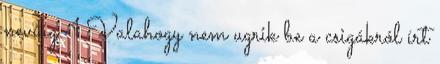
nevűig. 1 Valahogy nem ugrik be a csigákról írt